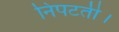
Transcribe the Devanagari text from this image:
निपटती।